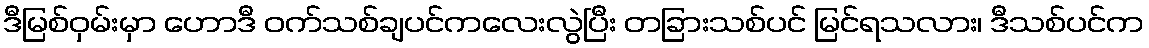
ဒီမြစ်ဝှမ်းမှာ ဟောဒီ ဝက်သစ်ချပင်ကလေးလွဲပြီး တခြားသစ်ပင် မြင်ရသလား၊ ဒီသစ်ပင်က